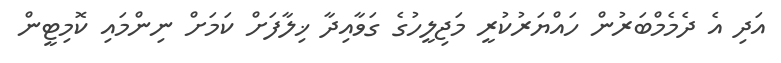
އަދި އެ ދެމެމްބަރުން ހައްޔަރުކުރީ މަޖިލީހުގެ ގަވާއިދާ ޚިލާފަށް ކަމަށް ނިންމައި ކޮމިޓީން